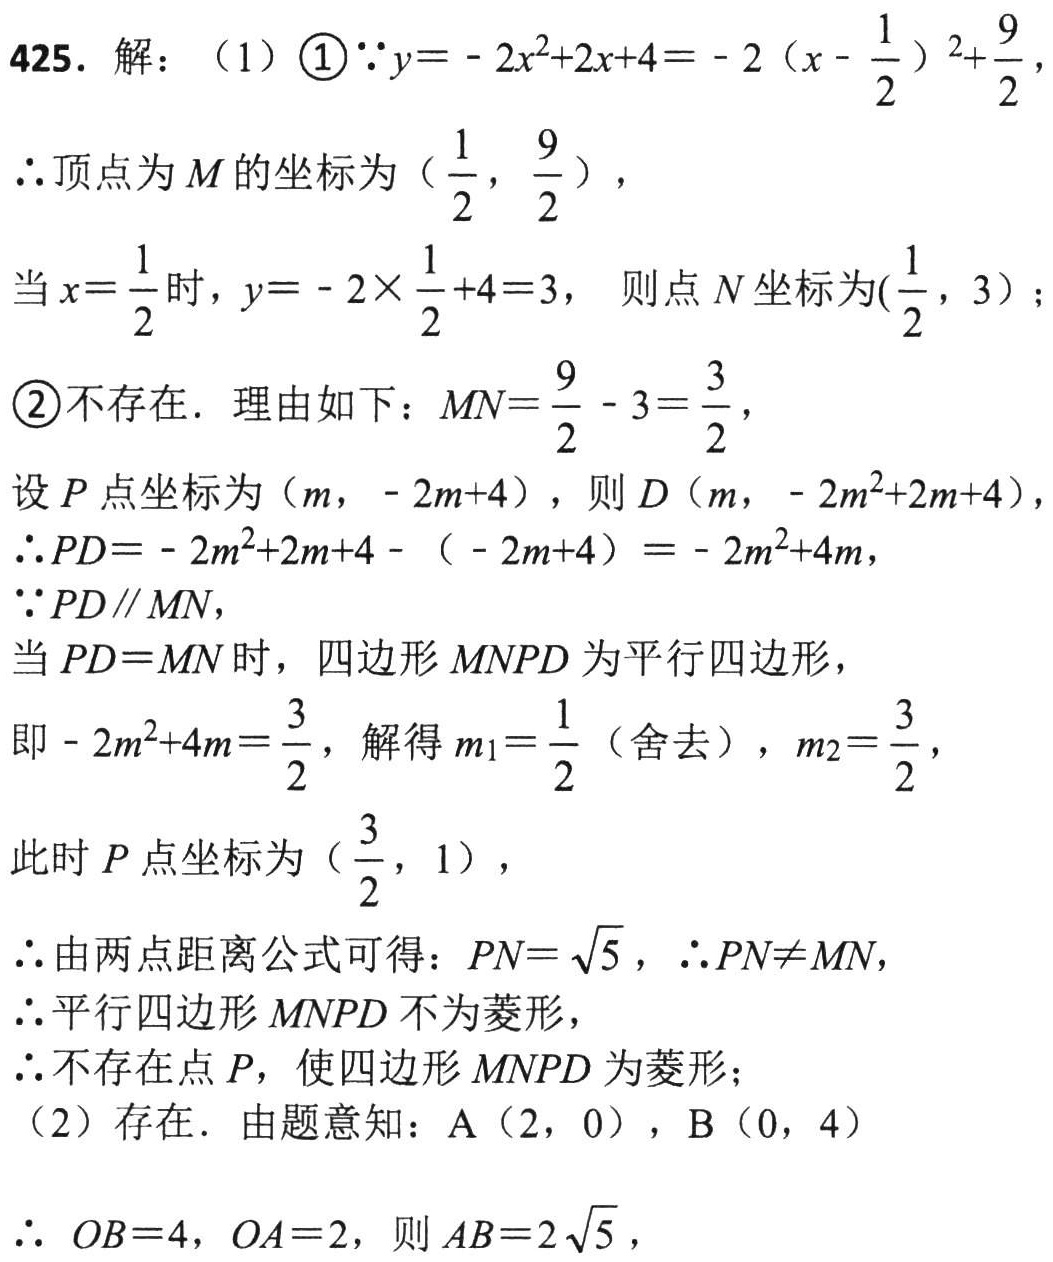
425. 解：（1）\textcircled{1}\(\because y = - 2x^{2}+2x + 4=-2\left(x-\frac{1}{2}\right)^{2}+\frac{9}{2}\)，
\(\therefore\)顶点为\(M\)的坐标为\(\left(\frac{1}{2},\frac{9}{2}\right)\)，
当\(x = \frac{1}{2}\)时，\(y=-2\times\frac{1}{2}+4 = 3\)， 则点\(N\)坐标为\((\frac{1}{2},3)\)；
\textcircled{2}不存在．理由如下：\(MN=\frac{9}{2}-3=\frac{3}{2}\)，
设\(P\)点坐标为\((m,-2m + 4)\)，则\(D(m,-2m^{2}+2m + 4)\)，
\(\therefore PD=-2m^{2}+2m + 4-(-2m + 4)=-2m^{2}+4m\)，
\(\because PD\parallel MN\)，
当\(PD = MN\)时，四边形\(MNPD\)为平行四边形，
即\(-2m^{2}+4m=\frac{3}{2}\)，解得\(m_{1}=\frac{1}{2}\)（舍去），\(m_{2}=\frac{3}{2}\)，
此时\(P\)点坐标为\((\frac{3}{2},1)\)，
\(\therefore\)由两点距离公式可得：\(PN = \sqrt{5}\)，\(\therefore PN\neq MN\)，
\(\therefore\)平行四边形\(MNPD\)不为菱形，
\(\therefore\)不存在点\(P\)，使四边形\(MNPD\)为菱形；
（2）存在．由题意知：\(A(2,0)\)，\(B(0,4)\)
\(\therefore OB = 4\)，\(OA = 2\)，则\(AB = 2\sqrt{5}\)，